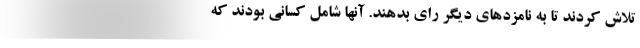
تلاش کردند تا به نامزدهای دیگر رای بدهند. آنها شامل کسانی بودند که